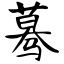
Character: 蓦